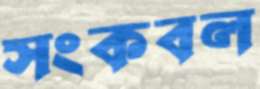
সংকবল